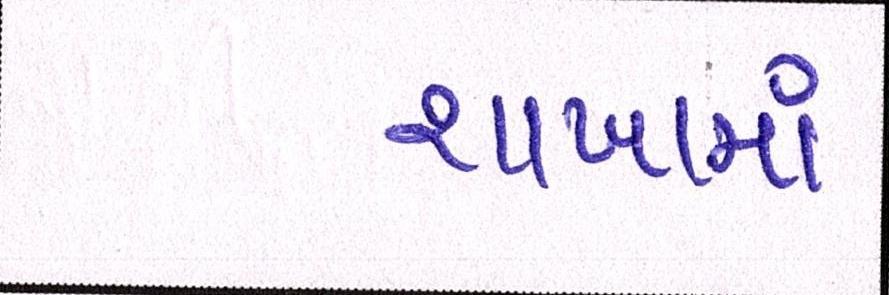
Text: શાખામાં